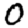
Digit: 0